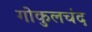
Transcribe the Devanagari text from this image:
गोकुलचंद